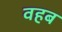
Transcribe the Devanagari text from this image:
वहब